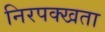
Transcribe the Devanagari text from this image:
निरपक्खता